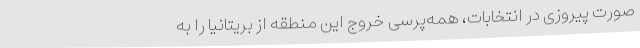
صورت پیروزی در انتخابات، همه‌پرسی خروج این منطقه از بریتانیا را به